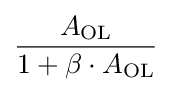
{\frac {A_{\text{OL}}}{1+\beta \cdot A_{\text{OL}}}}